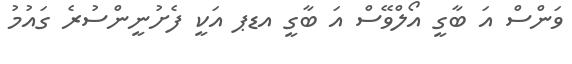
ވަންސް އަ ބާގީ އޯލްވޭސް އަ ބާގީ އޑޕ އަކީ ފެށުނީންސުރެ ގައުމު